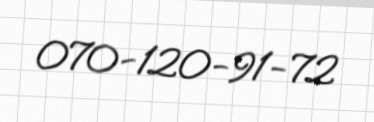
070-120-91-72